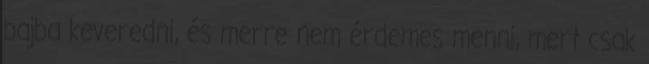
bajba keveredni, és merre nem érdemes menni, mert csak